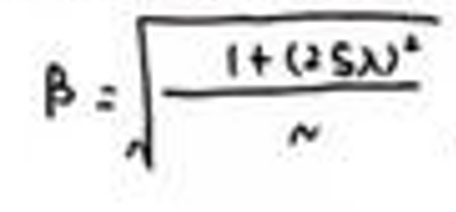
\[
B = \sqrt{\frac{1+(25x)^4}{n}}
\]